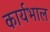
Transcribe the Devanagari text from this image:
कार्यभाल